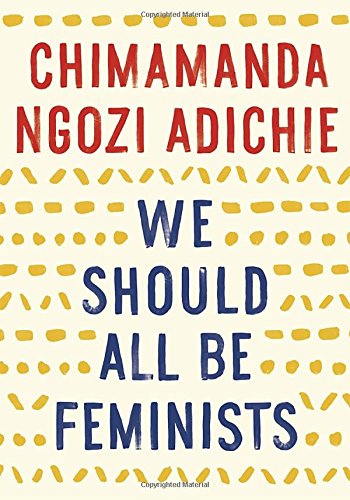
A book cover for We Should All Be Feminists; Chimamanda Ngozi Adichie; Politics & Social Sciences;